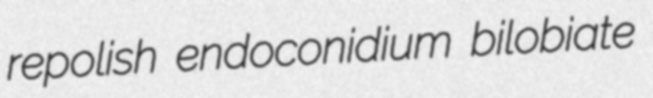
repolish endoconidium bilobiate